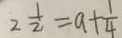
2 \frac { 1 } { 2 } = a + \frac { 1 } { 4 }